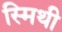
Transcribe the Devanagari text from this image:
स्मिथी